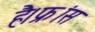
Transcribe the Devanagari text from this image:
है।फ्रांस